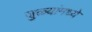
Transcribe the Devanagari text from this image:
जुळ्यांमध्ये